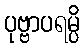
ပုဗ္ဗာပရမ္ပိ